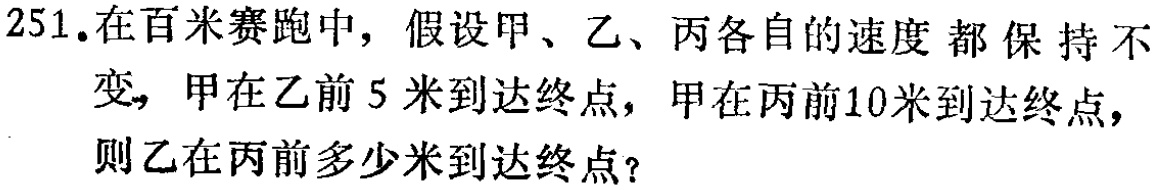
251.在百米赛跑中，假设甲、乙、丙各自的速度都保持不变，甲在乙前5米到达终点，甲在丙前10米到达终点，则乙在丙前多少米到达终点？